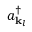
a _ { \mathbf { k } _ { l } } ^ { \dagger }